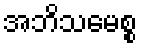
အဘိသမေစ္စ